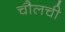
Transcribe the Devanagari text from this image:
चौलची